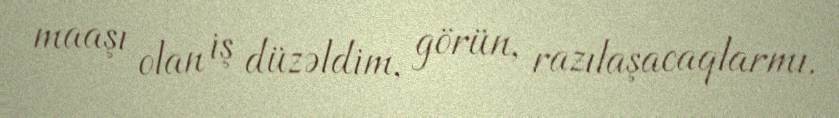
maaşı olan iş düzəldim, görün, razılaşacaqlarmı.